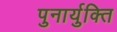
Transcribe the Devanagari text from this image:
पुनार्युक्ति